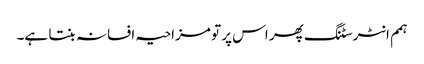
ہمم انٹرسٹنگ پھر اس پر تو مزاحیہ افسانہ بنتا ہے۔